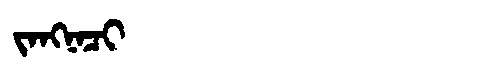
Manchu: ᠵᠠᠩᠨᠠᠴᡳ
Romanization: JANGNACI